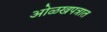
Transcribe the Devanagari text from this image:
ओळखपत्रात